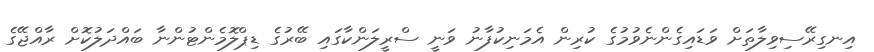
އިނގިރޭސިވިލާތަށް ވަޑައިގެންނެވުމުގެ ކުރިން އެމަނިކުފާނު ވަނީ ސްރީލަންކާގައި ބޭރުގެ ޑިޕްލޮމެންޓުންނާ ބައްދަލުކޮށް ރާއްޖޭގެ